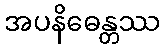
အပနိဓေန္တဿ